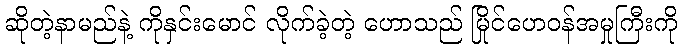
ဆိုတဲ့နာမည်နဲ့ ကိုနှင်းမောင် လိုက်ခဲ့တဲ့ ဟောသည် မြိုင်ဟေဝန်အမှုကြီးကို